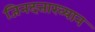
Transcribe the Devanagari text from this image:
जिनदत्ताख्यान